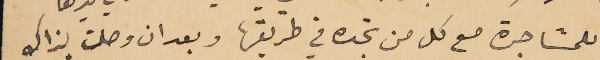
للمشاجرة مع كل من تجده في طريقها وبعد ان وصلت لذاك